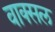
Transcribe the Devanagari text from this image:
वाक्‍सल